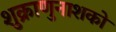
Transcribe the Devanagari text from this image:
शुक्राणुनाशको